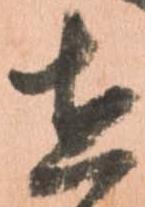
在